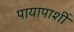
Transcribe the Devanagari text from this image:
पायापाशीं